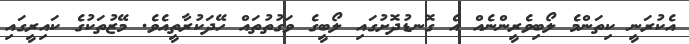
އެކުރަނީ ކިތަންމެ ލޯބިވެރީންނެއް އެ ގޮނޑުދޮށުގައި ލޯބީގެ ވަގުތުތައް ހޭދަކުރާތީއެވެ. މޭޒުތަކުގެ ކައިރީގައި